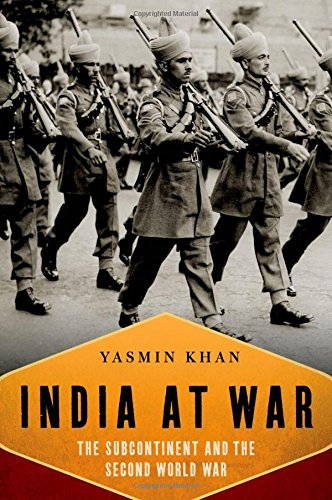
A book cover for India At War: The Subcontinent and the Second World War; Yasmin Khan; History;